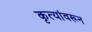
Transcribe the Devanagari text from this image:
कृत्यांवरून